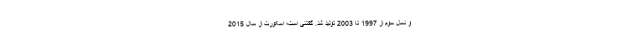
و نسل سوم از 1997 تا 2003 تولید شد. گفتنی است؛ اسکورت از سال 2015